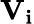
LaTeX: \mathbf{V_{i}}